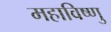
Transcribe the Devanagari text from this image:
महाविष्‍णु